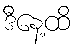
ဒီနေ့ထိ